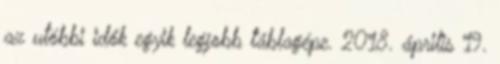
az utóbbi idők egyik legjobb táblagépe. 2018. április 19.